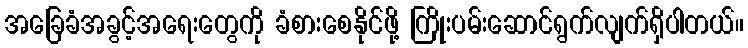
အခြေခံအခွင့်အရေးတွေကို ခံစားစေနိုင်ဖို့ ကြိုးပမ်းဆောင်ရွက်လျက်ရှိပါတယ်။